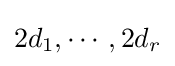
2d_{1},\cdots ,2d_{r}